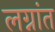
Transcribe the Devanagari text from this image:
लग्नांत